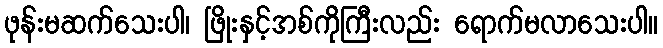
ဖုန်းမဆက်သေးပါ၊ ဖြိုးနှင့်အစ်ကိုကြီးလည်း ရောက်မလာသေးပါ။